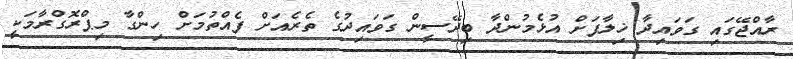
ރާއްޖޭގައި ގަވައިދާ ޚިލާފަށް އުޅެމުންދާ ބިދޭސީން ގަވައިދުގެ ތެރެއަށް ފެއްތުމަށް ހިންގާ މިޕްރޮގްރާމަކީ